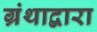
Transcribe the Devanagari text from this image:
ग्रंथाद्वारा